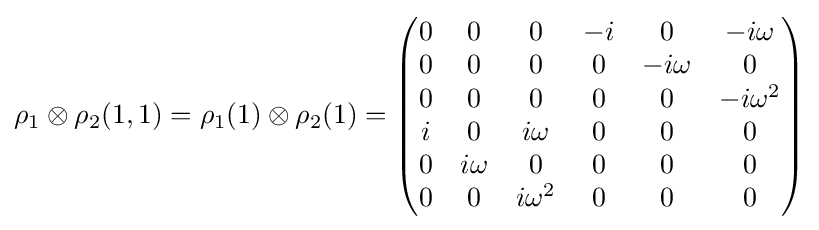
\rho _{1}\otimes \rho _{2}(1,1)=\rho _{1}(1)\otimes \rho _{2}(1)={\begin{pmatrix}0&0&0&-i&0&-i\omega \\0&0&0&0&-i\omega &0\\0&0&0&0&0&-i\omega ^{2}\\i&0&i\omega &0&0&0\\0&i\omega &0&0&0&0\\0&0&i\omega ^{2}&0&0&0\end{pmatrix}}